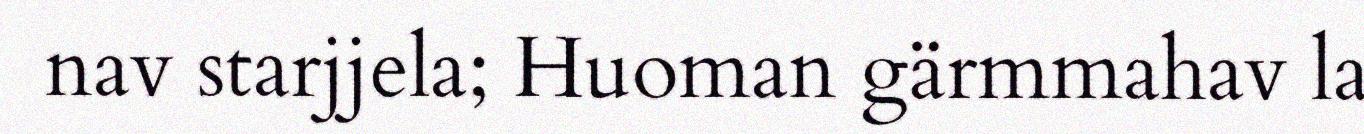
nav starjjela; Huoman gärmmahav la